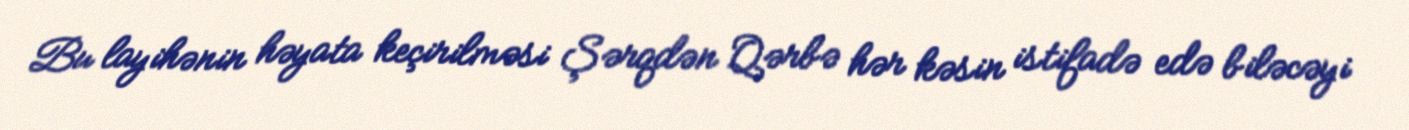
Bu layihənin həyata keçirilməsi Şərqdən Qərbə hər kəsin istifadə edə biləcəyi